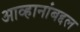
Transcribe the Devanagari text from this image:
आव्हानांबद्दल